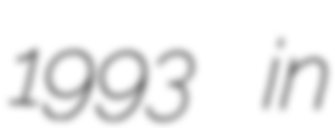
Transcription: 1993 in